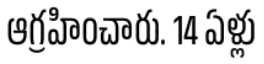
ఆగ్రహించారు. 14 ఏళ్లు